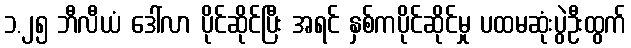
၁.၂၅ ဘီလီယံ ဒေါ်လာ ပိုင်ဆိုင်ပြီး အရင် နှစ်ကပိုင်ဆိုင်မှု ပထမဆုံးပွဲဦးထွက်